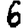
Digit: 6